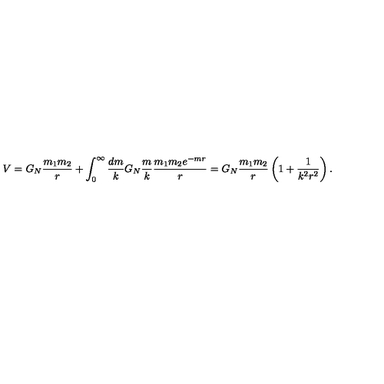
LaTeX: V = G _ { N } { \frac { m _ { 1 } m _ { 2 } } { r } } + \int _ { 0 } ^ { \infty } { \frac { d m } { k } } G _ { N } { \frac { m } { k } } { \frac { m _ { 1 } m _ { 2 } e ^ { - m r } } { r } } = G _ { N } { \frac { m _ { 1 } m _ { 2 } } { r } } \left( 1 + { \frac { 1 } { k ^ { 2 } r ^ { 2 } } } \right) .